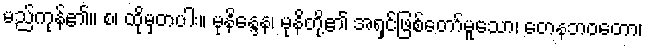
မည်ကုန်၏။ စ၊ ထိုမှတပါး။ မုနိန္ဒေန၊ မုနိတို့၏ အရှင်ဖြစ်တော်မူသော၊ တေနဘဝတော၊